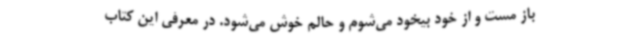
باز مست و از خود بیخود می‌شوم و حالم خوش می‌شود. در معرفی این کتاب